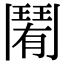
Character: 𩰑